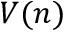
V ( n )